Lock hospitals Punjab
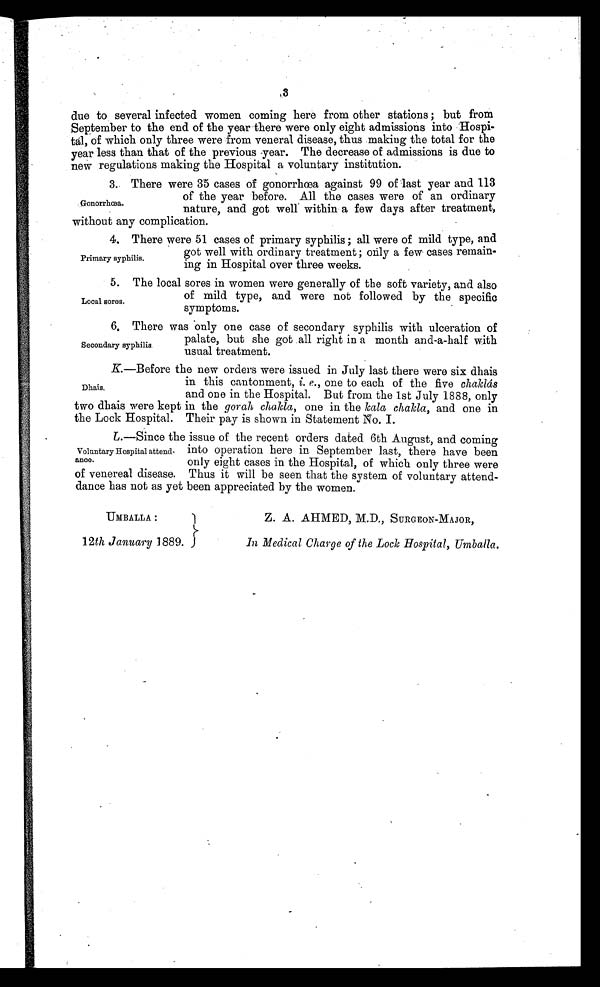
3
due to several infected women coming here from other stations ; but from
September to the end of the year there were only eight admissions into Hospi-
tal, of which only three were from veneral disease, thus making the total for the
year less than that of the previous year. The decrease of admissions is due to
new regulations making the Hospital a voluntary institution.
Primary syphilis.
Local sores.
Secondary syphilis.
Dhais,
Voluntary Hospital attend-
ance.
3. There were 35 cases of gonorrhoea against 99 of last year and 113
of the year before. All the cases were of an ordinary
nature, and got well within a few days after treatment,
without any complication.
Gonorrhea.
4. There were 51 cases of primary syphilis ; all were of mild type, and
got well with ordinary treatment; oily a few cases remain-
ing in Hospital over three weeks.
5. The local sores in women were generally of the soft variety, and also
of mild type, and were not followed by the specific
symptoms.
6. There was only one case of secondary syphilis with ulceration of
palate, but she got all right in a month and-a-half with
usual treatment.
K.—Before the new orders were issued in July last there were six dhais
in this cantonment, i. e., one to each of the five chaklas
and one in the Hospital. But from the 1st July 1888, only
two dhais were kept in the gorah chakla, one in the kala chakla, and one in
the Lock Hospital. Their pay is shown in Statement No. I.
L.—Since the issue of the recent orders dated 6th August, and coming
into operation here in. September last, there have been
only eight cases in the Hospital, of which only three were
of venereal disease. Thus it will be seen that the system of voluntary attend-
dance has not as yet been appreciated by the women.
UMBALLA
12th January 1889.
Z. A. AHMED, M.D., SURGEON-MAJOR,
In Medical Charge of the Lock Hospital, Umballa.